Trukikaitis_Postimees, lk 84
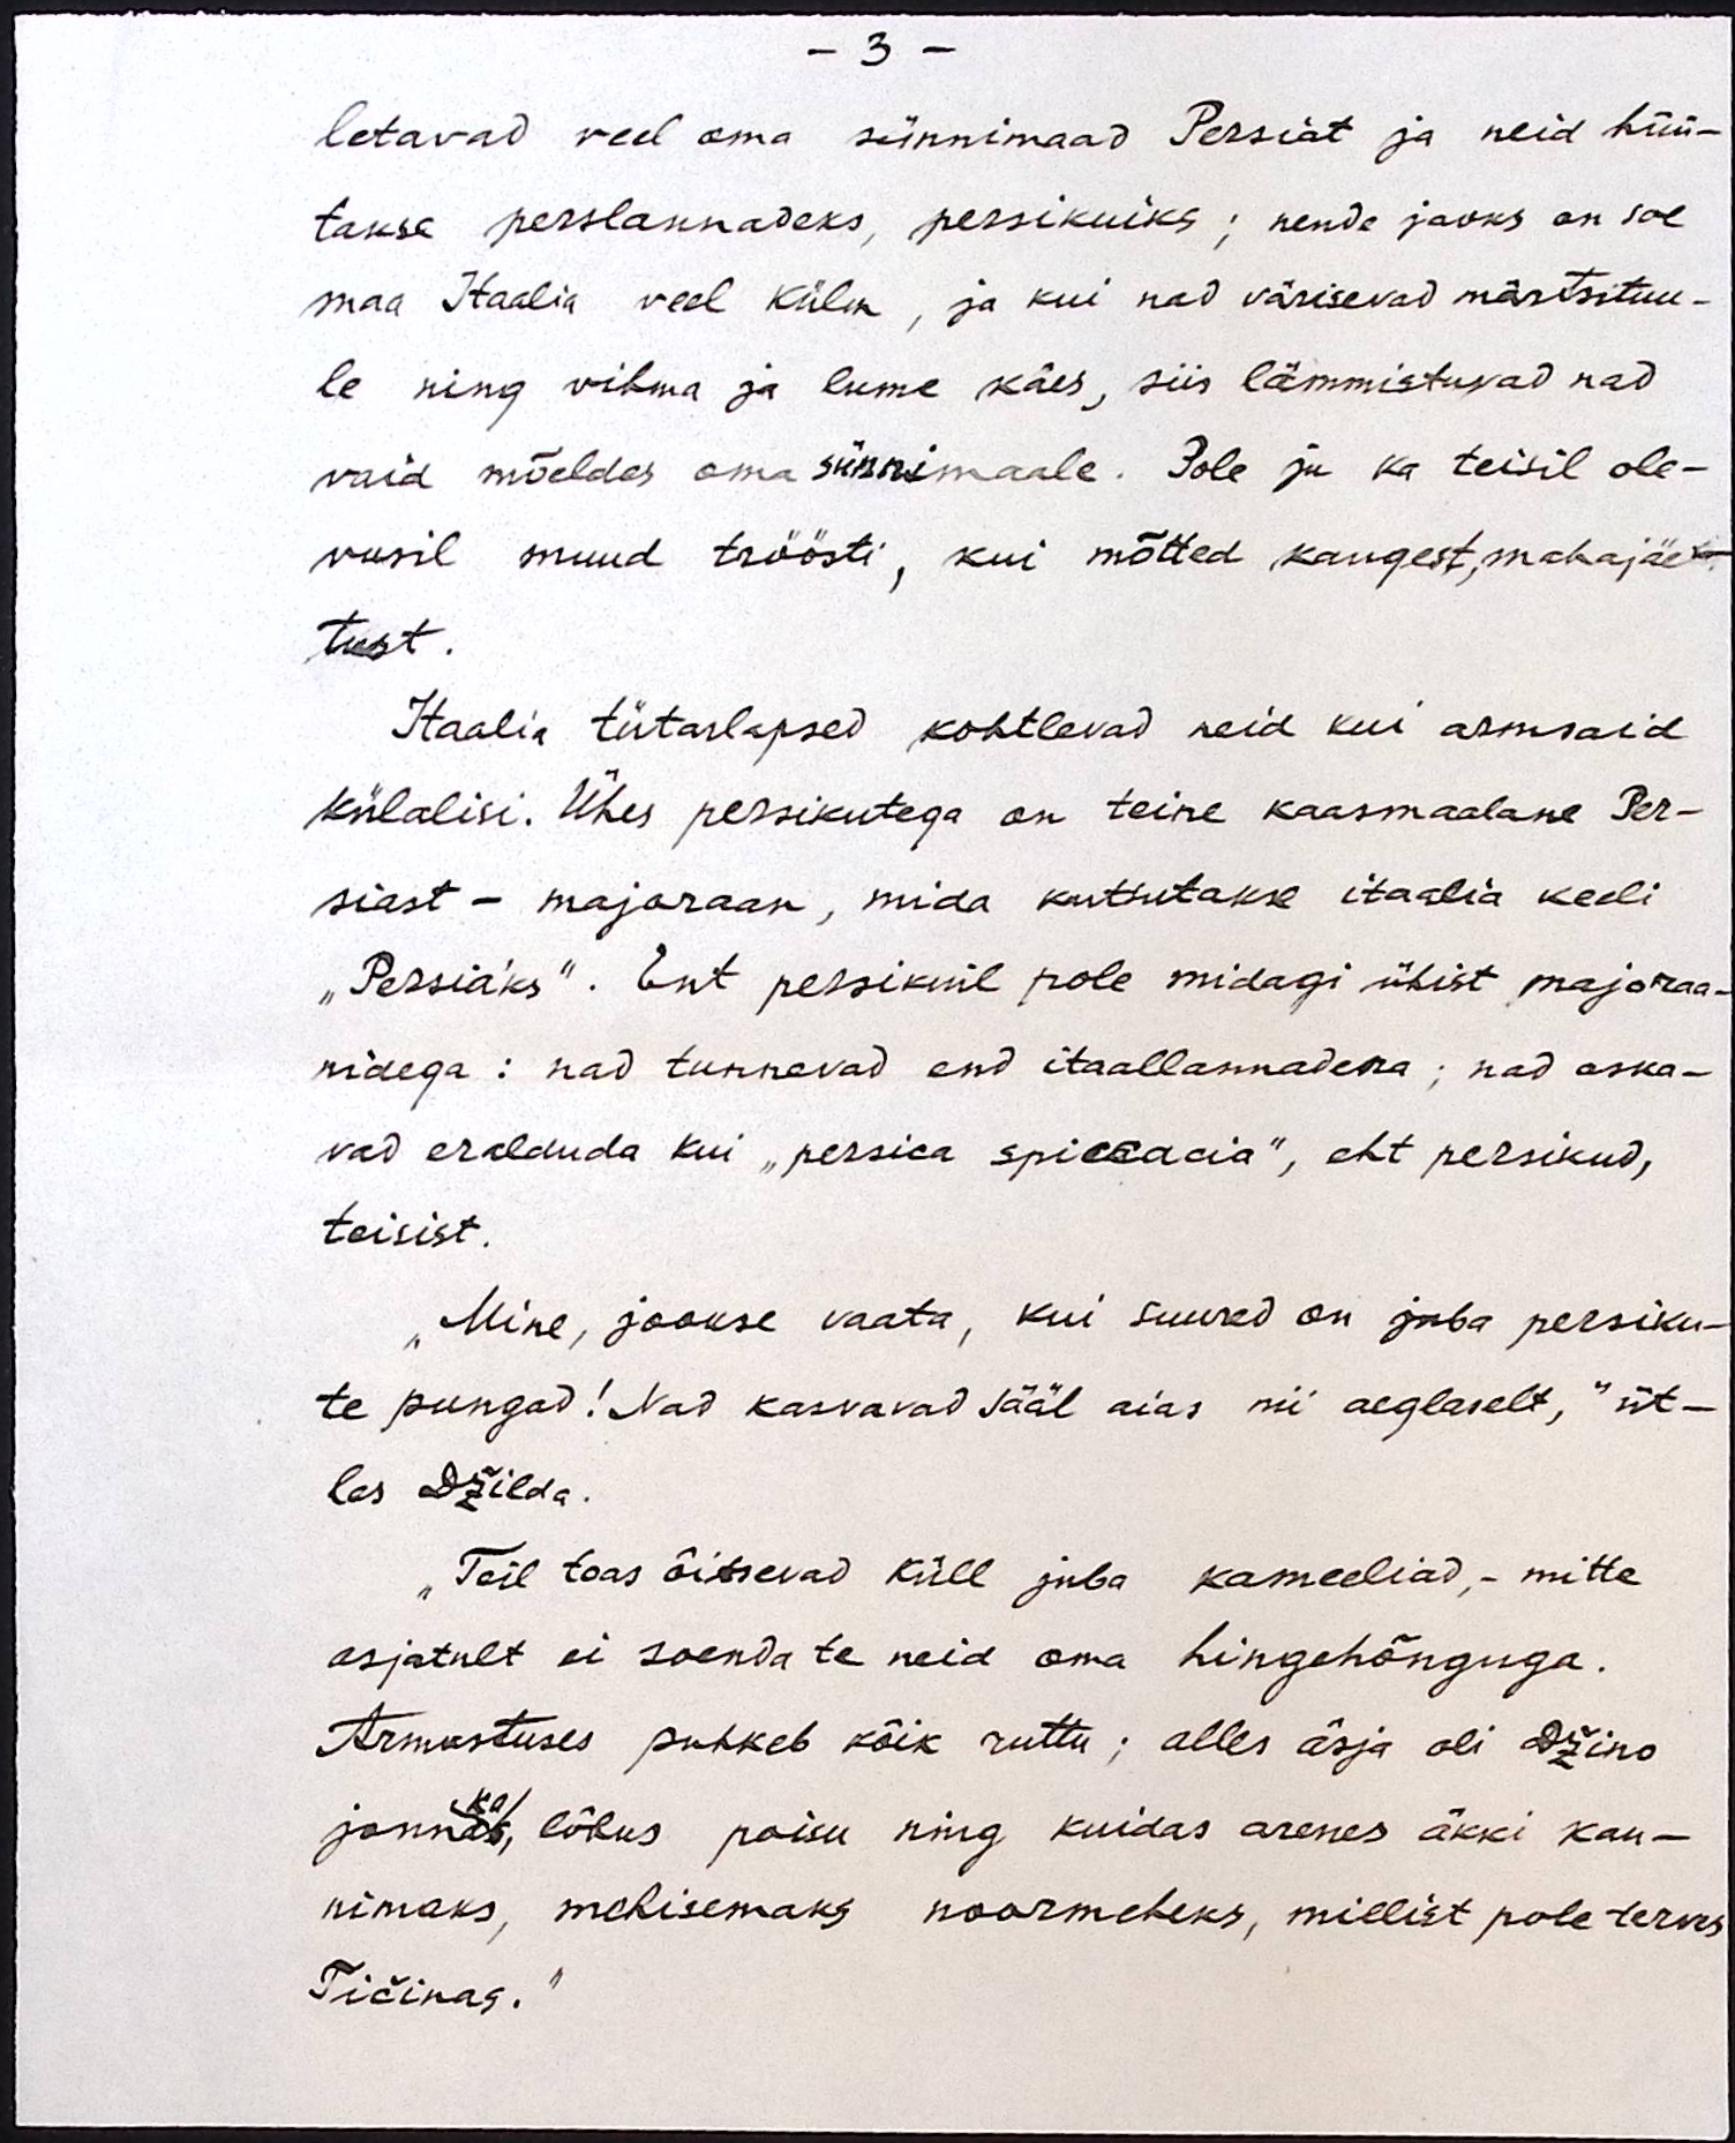
- 3 -
letavad veel oma sünnimaad Persiat ja neid hüü-
takse perslannadeks, persikuiks; nende jaoks on soe
maa Itaalia veel külm, ja kui nad värisevad märtsituu-
le ning vihma ja lume käes, siis lämmistuvad nad
vaid mõeldes oma sünnimaale. Pole ju ka teisil ole-
vusil muud tröösti, kui mõtted kaugest, mahajäe-
tust.
Itaalia tütarlapsed kohtlevad neid kui armsaid
külalisi. Ühes persikutega on teine kaasmaalane Per-
siast - majoraan, mida kututakse itaalia keeli
"Persia´ks". Ent persikuil pole midagi ühist majoraa-
nidega: nad tunnevad end itaallannadena; nad oska-
vad eralduda kui "persica spiccacia", eht persikud,
teisist.
„Mine, jookse vaata, kui suured on juba persiku-
te pungad! Nad kasvavad sääl aias nii aeglaselt,“ üt-
les Džilda.
"Teil toas õitsevad küll juba kameeliad, - mitte
asjatult ei soenda te neid oma hingehõnguga.
Armastuses puhkeb kõik ruttu; alles äsja oli Džino
ka
jonnas, lõbus poisu ning kuidas arenes äkki kau-
nimaks, mehisemaks noormeheks, millist pole terves
Tičinas.“